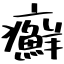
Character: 癬